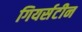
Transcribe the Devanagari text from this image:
गियर्सटीन